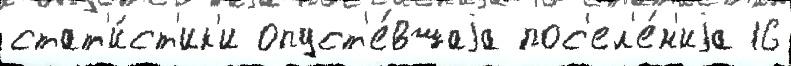
стат'и́ст'ик'и опуст'е́вшаjа пос'ел'е́н'иjа 16